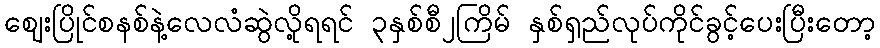
ဈေးပြိုင်စနစ်နဲ့လေလံဆွဲလို့ရရင် ၃နှစ်စီ၂ကြိမ် နှစ်ရှည်လုပ်ကိုင်ခွင့်ပေးပြီးတော့